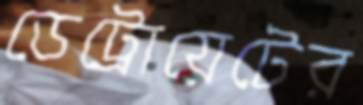
ডেট্রোয়েটের